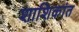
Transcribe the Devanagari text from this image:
शाशिकांत